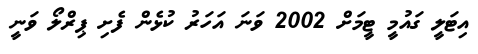
އިޓަލީ ގައުމީ ޓީމަށް 2002 ވަނަ އަހަރު ކުޅެން ފެށި ޕިރްލޯ ވަނީ